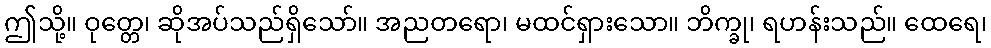
ဤသို့။ ဝုတ္တေ၊ ဆိုအပ်သည်ရှိသော်။ အညတရော၊ မထင်ရှားသော။ ဘိက္ခု၊ ရဟန်းသည်။ ထေရေ၊